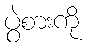
ပွဲစားကို